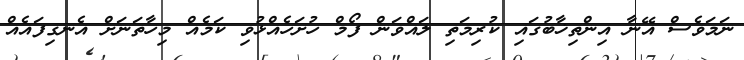
ނަމަވެސް އޭނާ އިންތިޚާބުގައި ކުރިމަތި ލައްވަން ފޯމް ހުށަހެއްޅުވި ކަމެއް މިހާތަނަށް އެނގިފައެއް